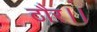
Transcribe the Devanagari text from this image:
ठौर।।